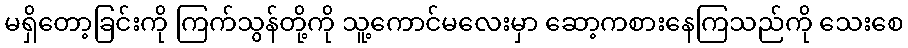
မရှိတော့ခြင်းကို ကြက်သွန်တို့ကို သူ့ကောင်မလေးမှာ ဆော့ကစားနေကြသည်ကို သေးစေ